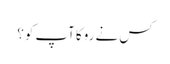
کس نے روکا آپ کو؟